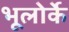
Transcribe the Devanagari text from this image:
भूलोर्के